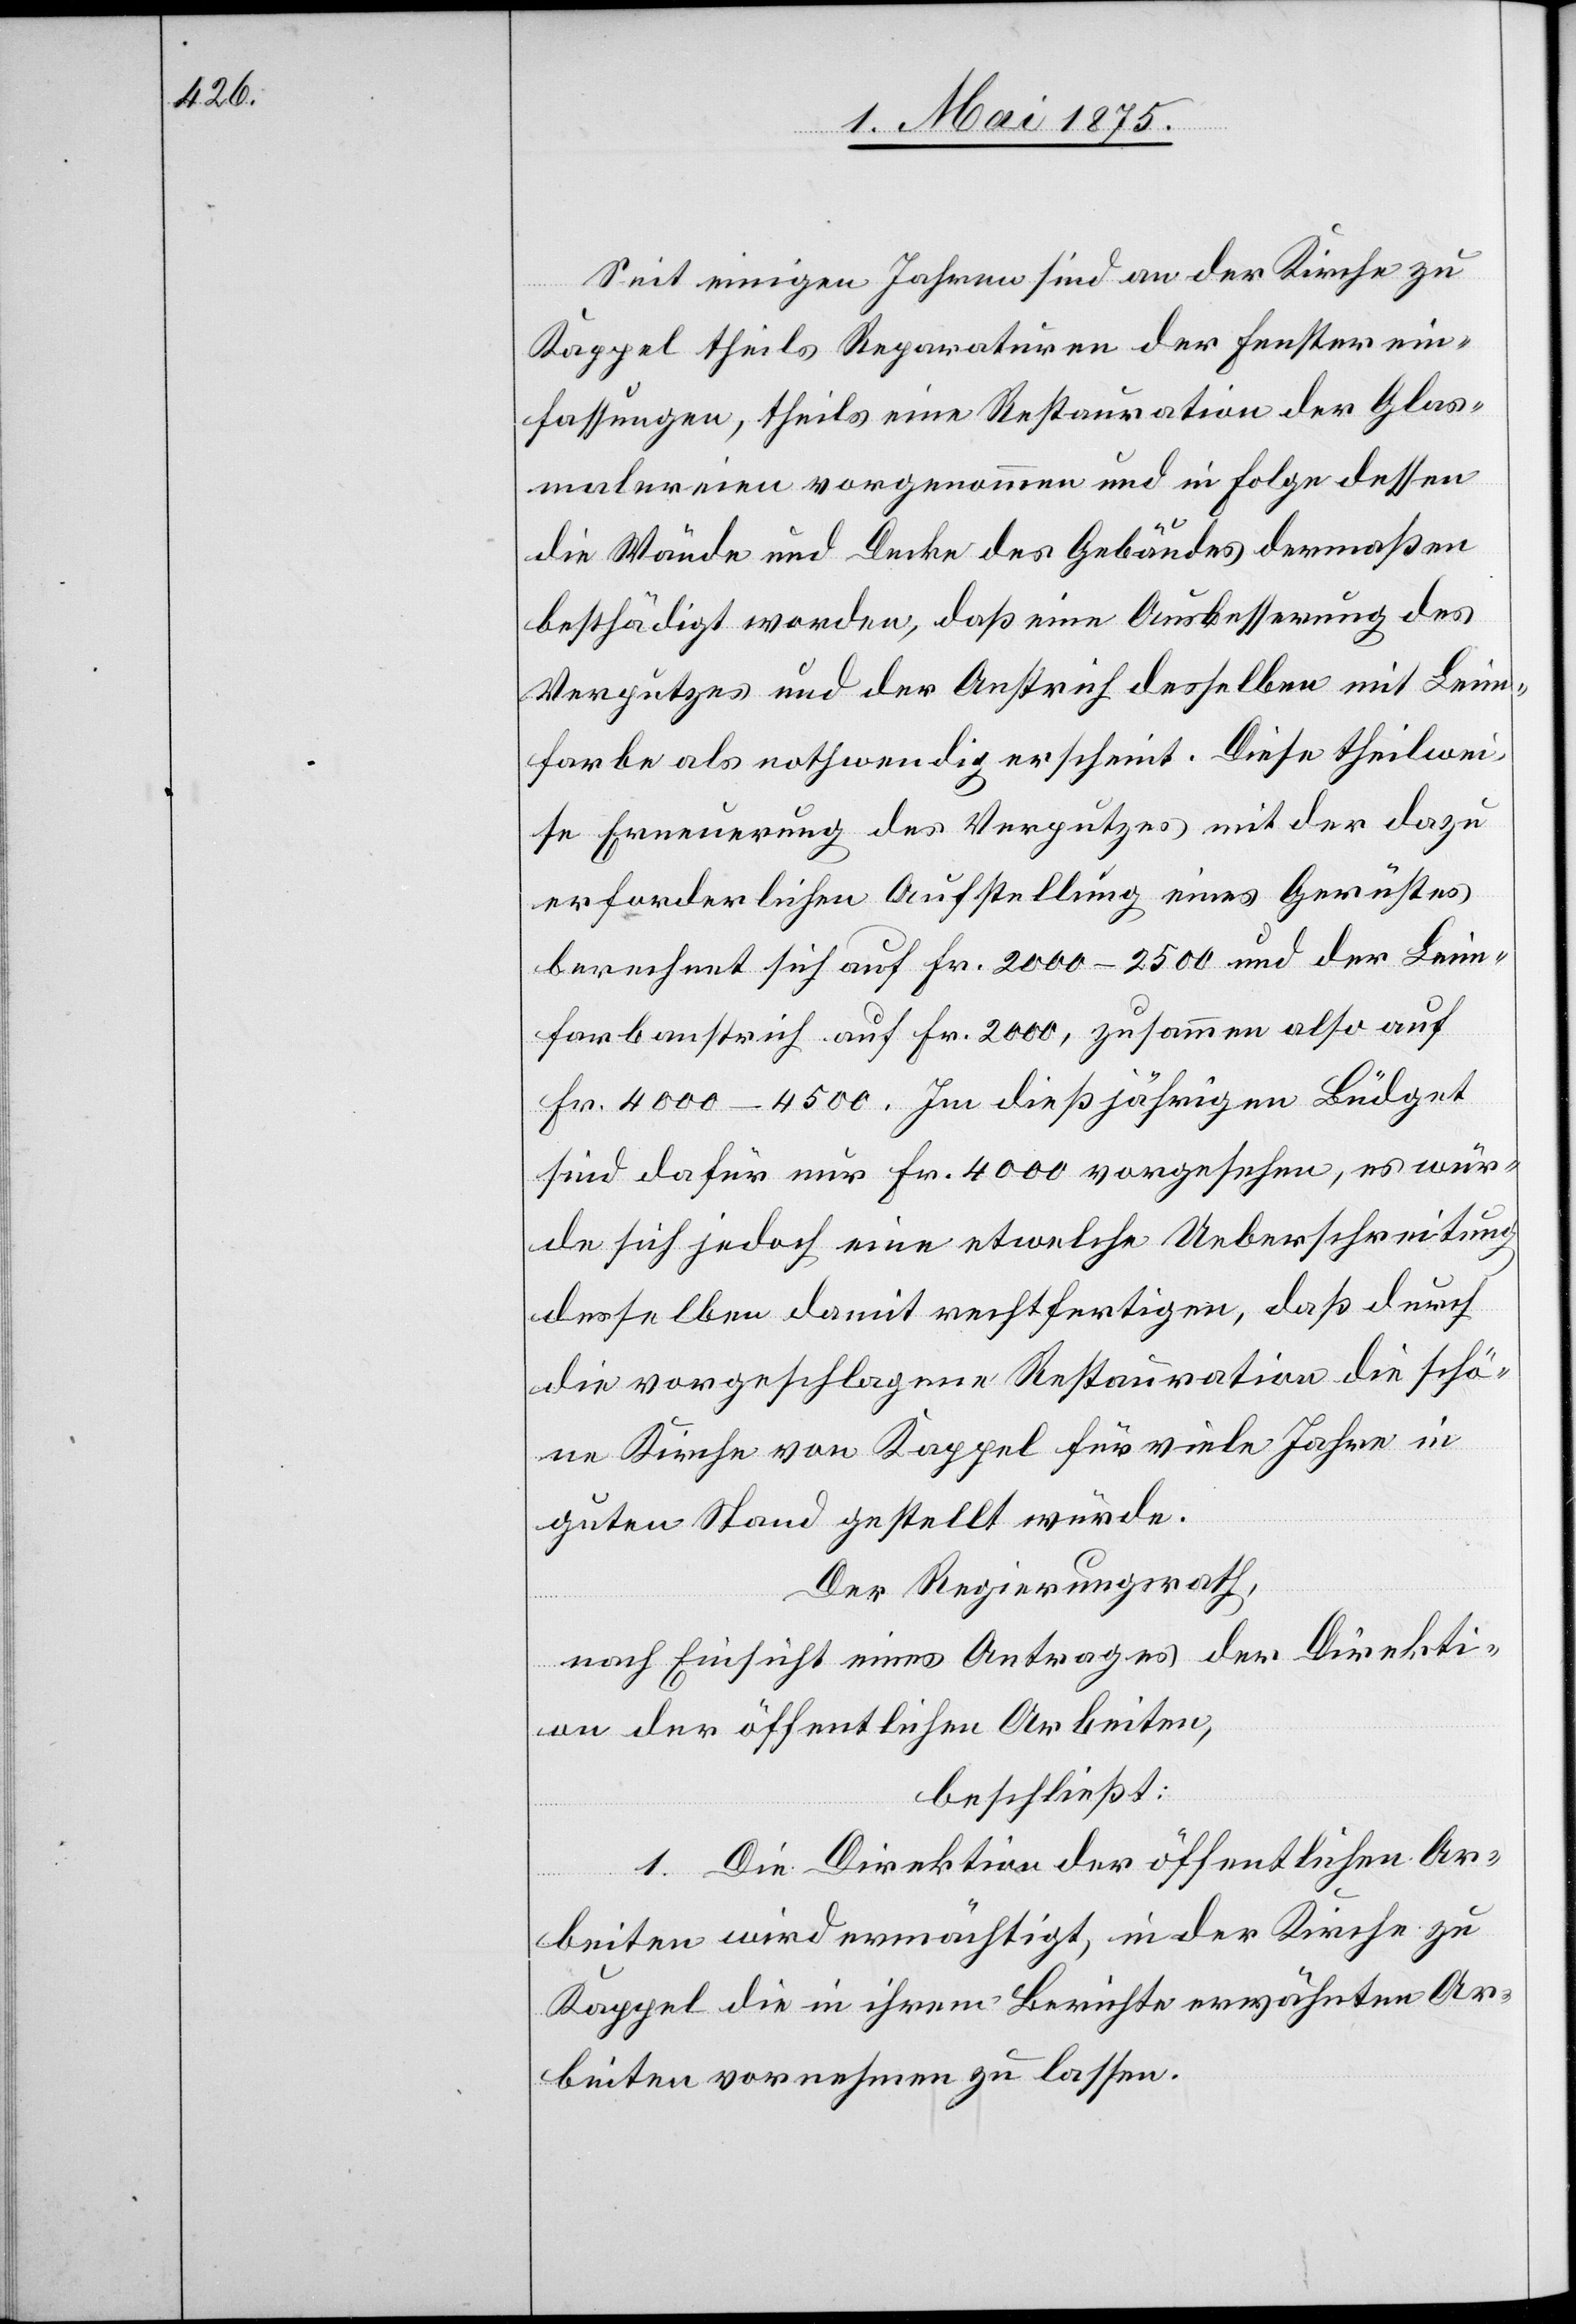
Seit einigen Jahren sind an der Kirche zu
Kappel theils Reparaturen der Fensterein¬
fassungen, theils eine Restauration der Glas¬
malereien vorgenommen und in Folge dessen
die Wände und Decke des Gebäudes dermaßen
beschädigt worden, daß eine Ausbesserung des
Verputzes und der Anstrich derselben mit Leim¬
farbe als nothwenig erscheint. Diese theilwei¬
se Erneuerung des Verputzes mit der dazu
erforderlichen Aufstellung eines Gerüstes
berechnet sich auf Fr. 2000–2500 und der Leim¬
farbenanstrich auf Fr. 2000, zusammen also auf
Fr. 4000–4500. Im dießjährigen Büdget
sind dafür nur Fr. 4000 vorgesehen, es wür¬
de sich jedoch eine etwelche Ueberschreitung
desselben damit rechtfertigen, daß durch
die vorgeschlagene Restauration die schö¬
ne Kirche von Kappel für viele Jahre in
guten Stand gestellt würde.
Der Regierungsrath,
nach Einsicht eines Antrages der Direkti¬
on der öffentlichen Arbeiten,
beschließt:
1. Die Direktion der öffentlichen Ar¬
beiten wird ermächtigt, in der Kirche zu
Kappel die in ihrem Berichte erwähnten Ar¬
beiten vornehmen zu lassen.